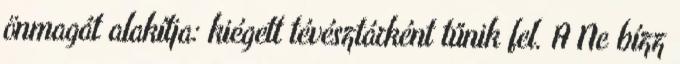
önmagát alakítja: kiégett tévésztárként tűnik fel. A Ne bízz